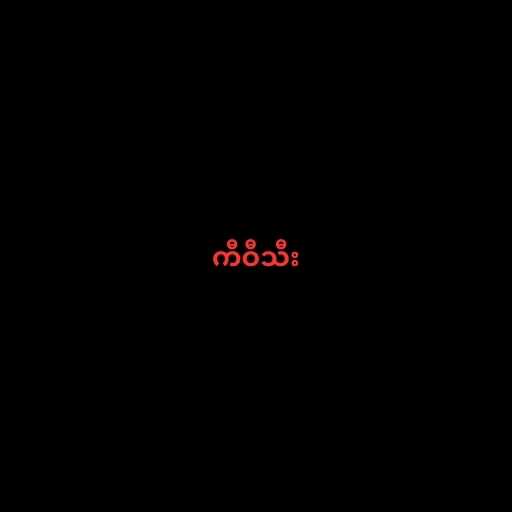
ကီဝီသီး